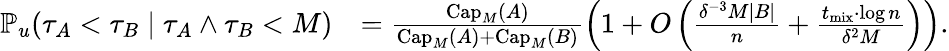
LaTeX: \begin{array}{rl}{\mathbb{P}_{u}\! \left(\tau_{A}<\tau_{B}\; \middle\vert\; \tau_{A}\wedge\tau_{B}<M\right)}&{=\frac{\mathrm{Cap}_{M}(A)}{\mathrm{Cap}_{M}(A)+\mathrm{Cap}_{M}(B)}\left(1+O\left(\frac{\delta^{-3}M|B|}{n}+\frac{t_{\mathrm{mix}}\cdot\log n}{\delta^{2}M}\right)\right).}\end{array}